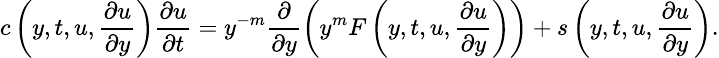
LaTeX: \small c\left(y,t,u,\frac{\partial u}{\partial y}\right)\frac{\partial u}{\partial t}=y^{-m}\frac{\partial}{\partial y}\left(y^{m}F\left(y,t,u,\frac{\partial u}{\partial y}\right)\right)+s\left(y,t,u,\frac{\partial u}{\partial y}\right).